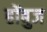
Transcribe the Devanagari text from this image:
होंबुज